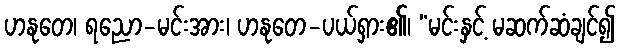
ဟနုတေ၊ ရညော-မင်းအား၊ ဟနုတေ-ပယ်ရှား၏၊ “မင်းနှင့် မဆက်ဆံချင်၍